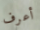
أعرف